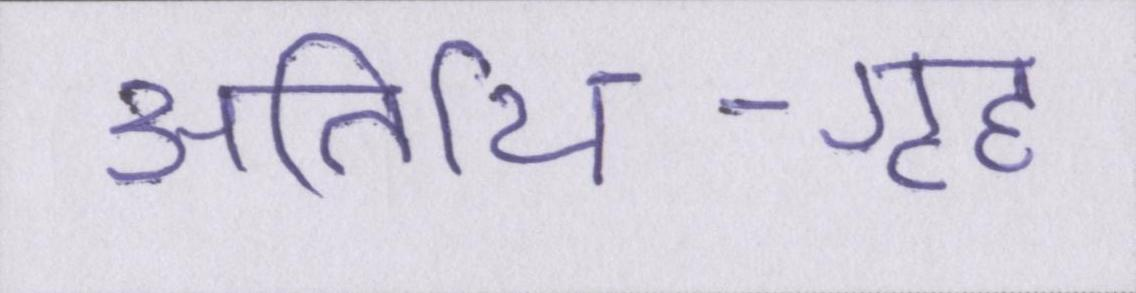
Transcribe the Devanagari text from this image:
अतिथि-गृह